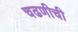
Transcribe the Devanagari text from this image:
चढणीची